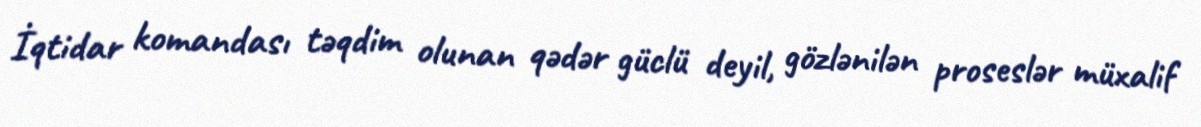
İqtidar komandası təqdim olunan qədər güclü deyil, gözlənilən proseslər müxalif